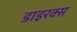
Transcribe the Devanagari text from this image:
डाइरक्स